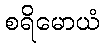
စရိမောယံ